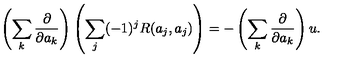
\left( \sum _ { k } { \frac { \partial } { \partial a _ { k } } } \right) \left( \sum _ { j } ( - 1 ) ^ { j } R ( a _ { j } , a _ { j } ) \right) = - \left( \sum _ { k } { \frac { \partial } { \partial a _ { k } } } \right) u .